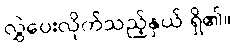
လွှဲပေးလိုက်သည့်နှယ် ရှိ၏။